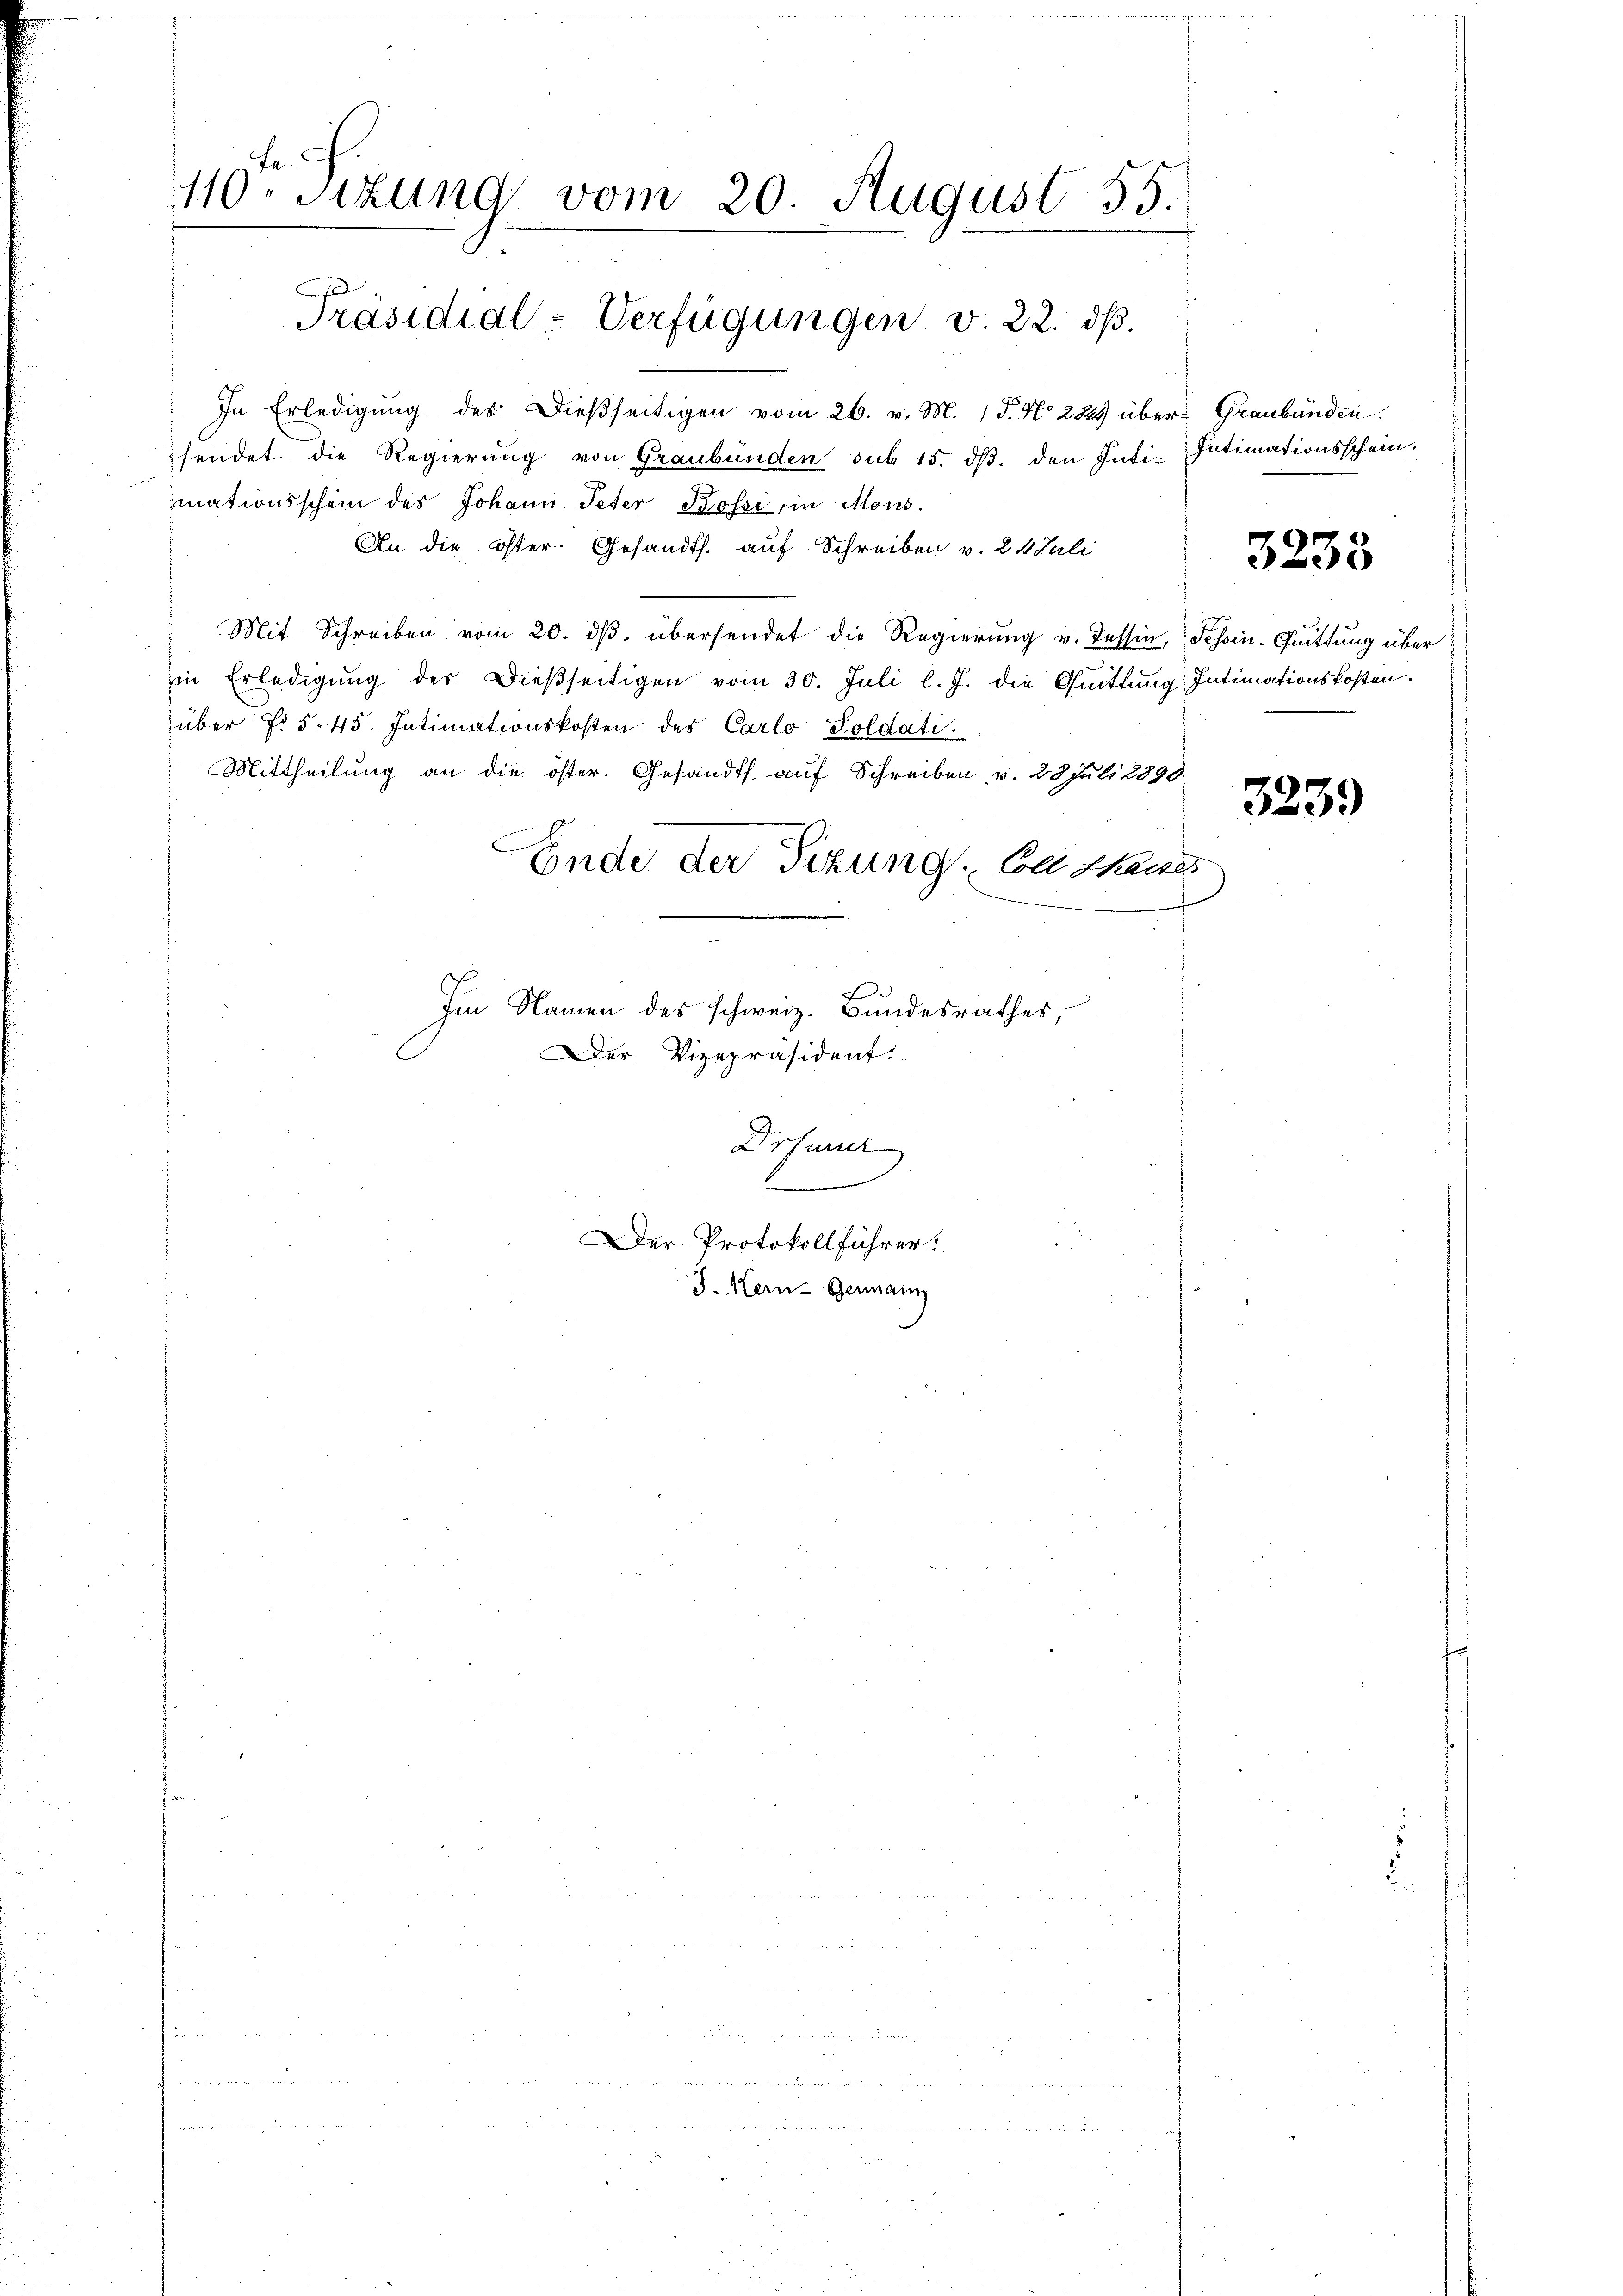
In Erledigung des Dießseitigen vom 26. v. M. 18. No 2849 über Graubünden.
sendet die Regierung von Graubünden sub 15. dβ. den Inti-Intimationsschein.
mationsschein des Johann Peter Kossi, in Mons.
An die öster. Gesandts. auf Schreiben v. 24 Juli
Mit Schreiben vom 20. dβ übersendet die Regierung v. dessin, Tessin. Quittung über
in Erledigung des Dießseitigen vom 30. Juli l. J. die Quittung Intimationskosten.
über f. 545. Intimationskosten des Carlo Soldati
Mittheilung an die öster. Gesandts. auf Schreiben v. 28 Juli 1890.
Ende der Sizung. Cathane
F
Im Namen des schweiz. Bundesrathes,
Der Vizepräsident.

110. Sitzung vom 20. August 55.

Präsidial-Verfügungen v. 22. dβ.

Drfurner
Der Protokollführer.
J. Kern- Germann

3235

3239